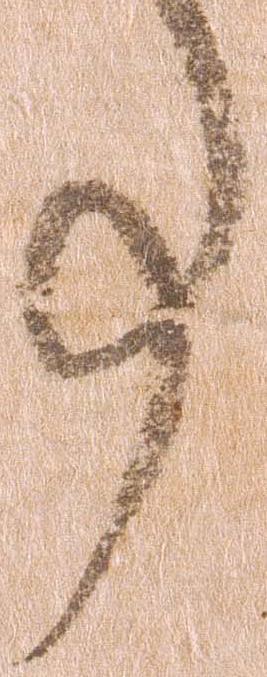
事